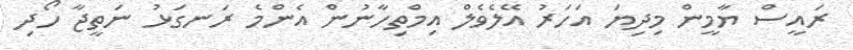
ރައީސް ޔާމީން މިދިޔަ އަހަރު އޭލެވެލް އިމްތިހާނުން އެންމެ ރަނގަޅު ނަތީޖާ ހޯދި